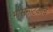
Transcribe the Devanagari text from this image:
भासनाटकांचे